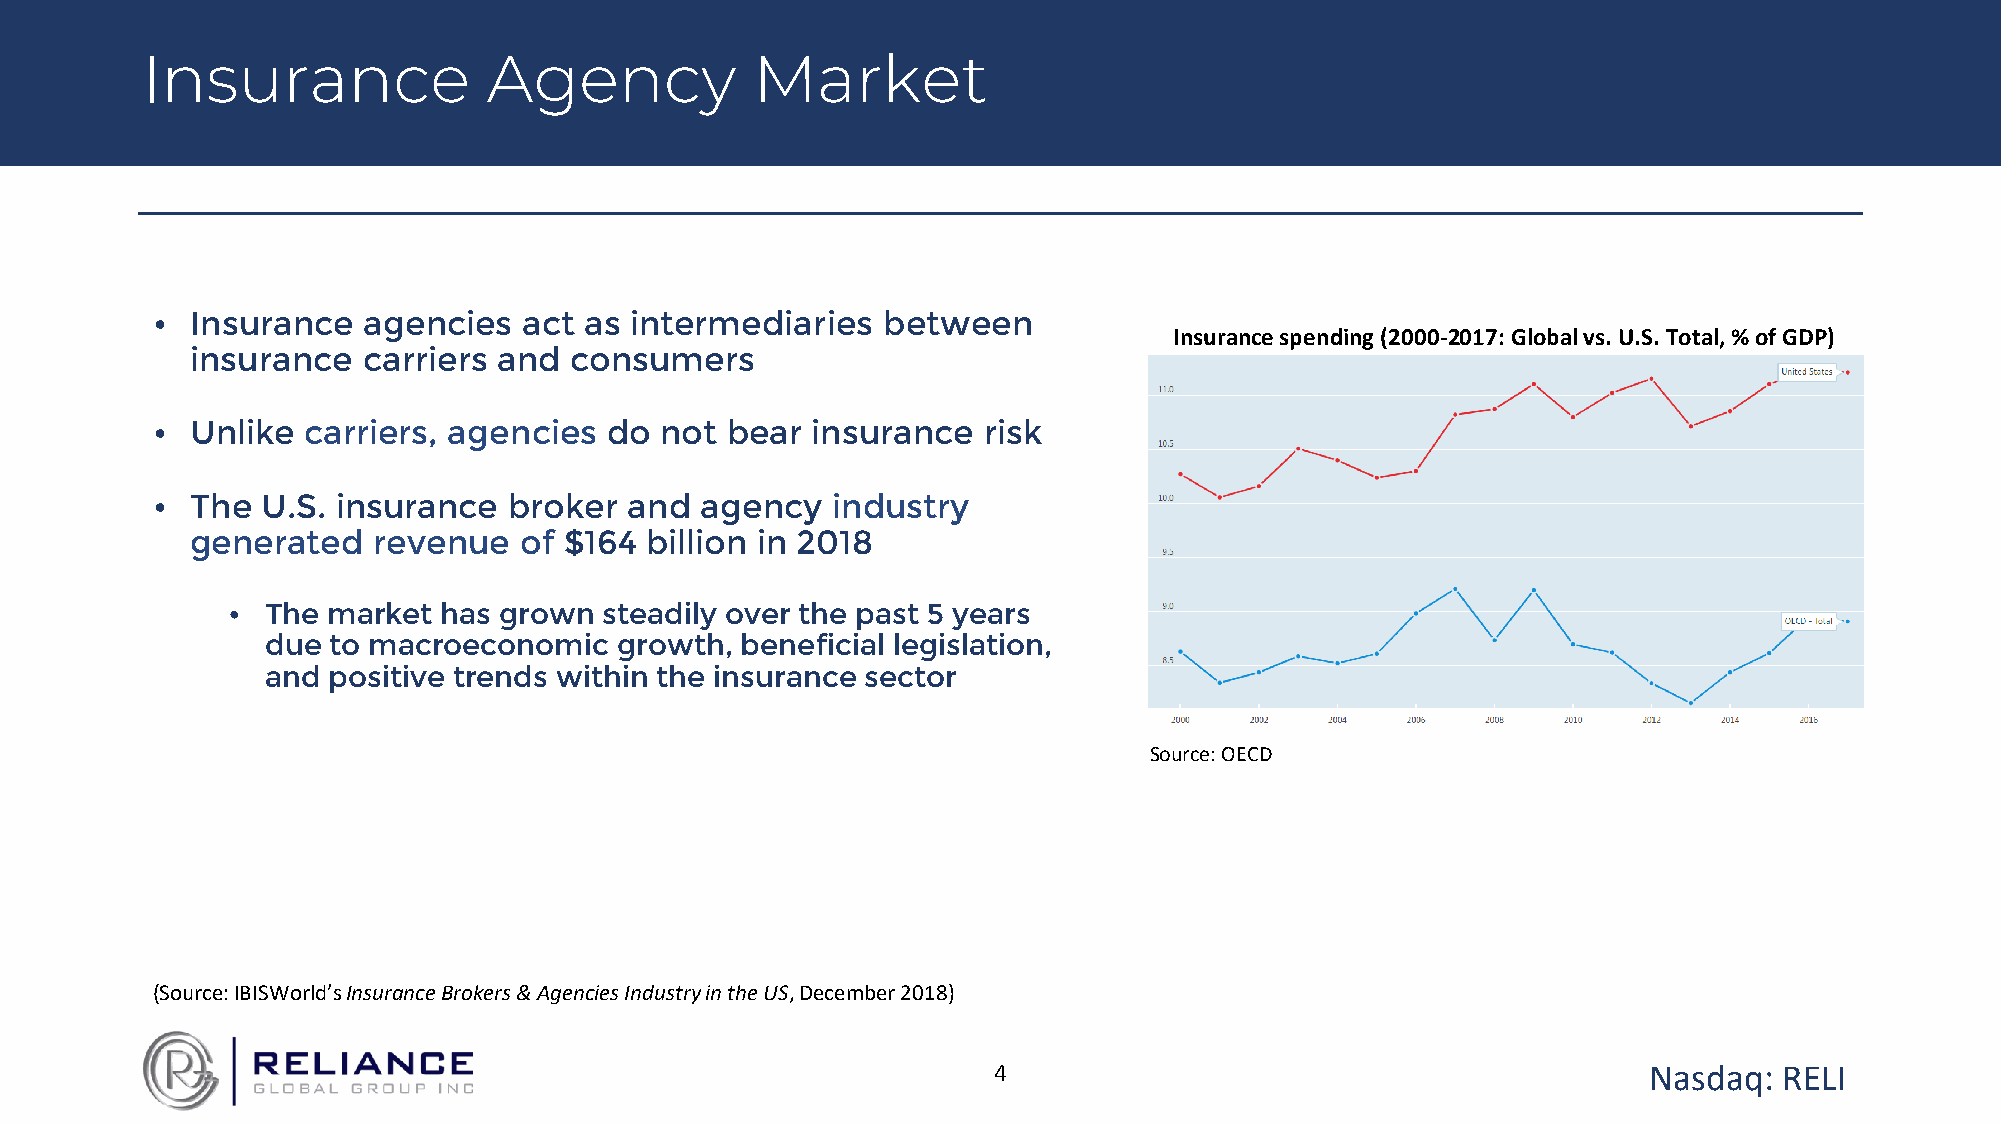
Insurance              Agency            Market
 •  Insurance  agencies   act as intermediaries  between
 Insurance spending (2000-2017: Global vs. U.S. Total, % of GDP)
 insurance  carriers and  consumers
 •  Unlike carriers, agencies  do  not bear  insurance  risk
 •  The U.S. insurance   broker  and agency   industry
 generated   revenue  of $164  billion in 2018
 •  The market has grown  steadily over the past 5 years
 due to macroeconomic   growth, beneficial legislation,
 and positive trends within the insurance sector
 Source: OECD
 (Source: IBISWorld’s Insurance Brokers & Agencies Industry in the US, December 2018)
 4                                          Nasdaq:  RELI